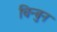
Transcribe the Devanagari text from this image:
चिन्बुन